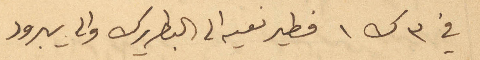
في ۳ ك ١ فطيرنعيه الى البطريرك والى يبرود